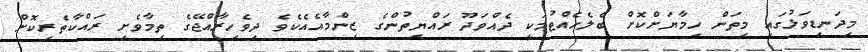
މިދަނޑިވަޅުގައި މިތަން ހިމާޔަށްކޮށް ބެލެހެއްޓުމަކީ ދެއްވަދޫ ރައްޔިތުންގެ ޒިންމާއެއެކެވެ ދިވެހިރާއްޖޭގެ ތިމާވެށި ރައްކާތެރިކޮށް